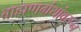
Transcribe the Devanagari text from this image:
ब्राह्मणग्रंथांवरून